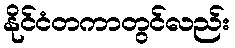
နိုင်ငံတကာတွင်လည်း